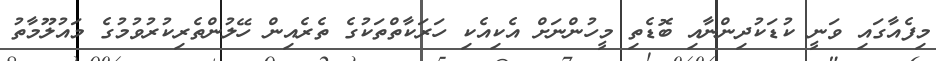
މިފެއާގައި ވަނީ ކުޑަކުދިންނާއި ބޮޑެތި މީހުންނަށް އެކިއެކި ހަރަކާތްތަކުގެ ތެރެއިން ހޭލުންތެރިކުރުވުމުގެ މައުލޫމާތު